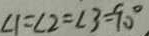
\angle 1 = \angle 2 = \angle 3 = 9 0 ^ { \circ }